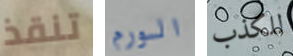
تنقذ الورم للكذب